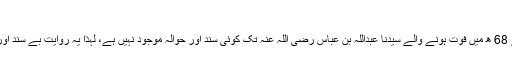
(حدائق الحنفیہ ص 267)
سمرقندی مذکور سے لے کر صدیوں پہلے 68 ھ میں فوت ہونے والے سیدنا عبداللہ بن عباس رضی اللہ عنہ تک کوئی سند اور حوالہ موجود نہیں ہے، لہٰذا یہ روایت بے سند اور بے حوالہ ہونے کی وجہ سے مردود ہے۔